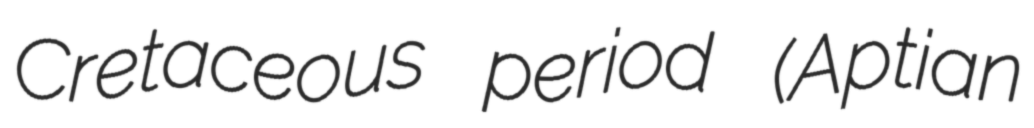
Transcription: Cretaceous period (Aptian